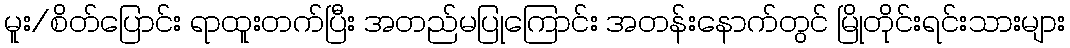
မူး/စိတ်ပြောင်း ရာထူးတက်ပြီး အတည်မပြုကြောင်း အတန်းနောက်တွင် မြိုတိုင်းရင်းသားများ